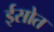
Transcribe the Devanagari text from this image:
ईसोत